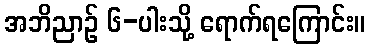
အဘိညာဉ် ၆-ပါးသို့ ရောက်ရကြောင်း။